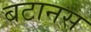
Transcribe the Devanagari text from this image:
बटानस